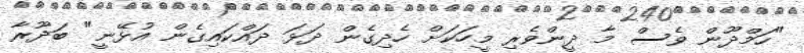
"ހަމްދޫން ވެސް މާ ދީންވެރި މީހަކަށް ހެދިގެން ދަޅަ ދައްކައިގެން އުޅޭނީ" ބަދޫރާ